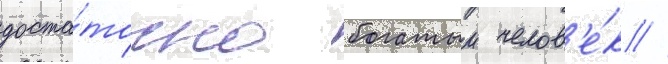
доста́точно богатыи челов'е́к //